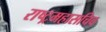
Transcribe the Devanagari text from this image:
राष्ट्रमहासचिव